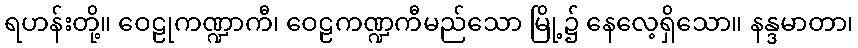
ရဟန်းတို့။ ဝေဠုကဏ္ဍာကီ၊ ဝေဠကဏ္ဍကီမည်သော မြို့၌ နေလေ့ရှိသော။ နန္ဒမာတာ၊